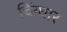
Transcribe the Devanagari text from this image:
चिंग्घार